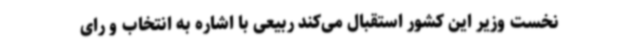
نخست وزیر این کشور استقبال می‌کند ربیعی با اشاره به انتخاب و رای